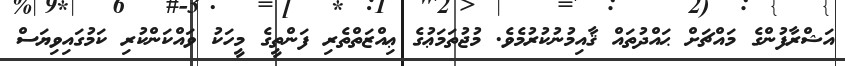
އަޝްރާފުންގެ މައްޗަށް ޙައްދުތައް ޤާއިމުނުކުރުމެވެ. މުޖުތަމަޢުގެ ޢިއްޒަތްތެރި ފަންތީގެ މީހަކު ވައްކަންކުރި ކަމުގައިވިޔަސް